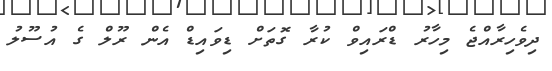
ދިވެހިރާއްޖެ މިހާރު ޑްރައިވް ކުރާ ގޮތަށް ޑިވައިޑް އެން ރޫލް ގެ އުސޫލު